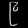
Digit: ၉